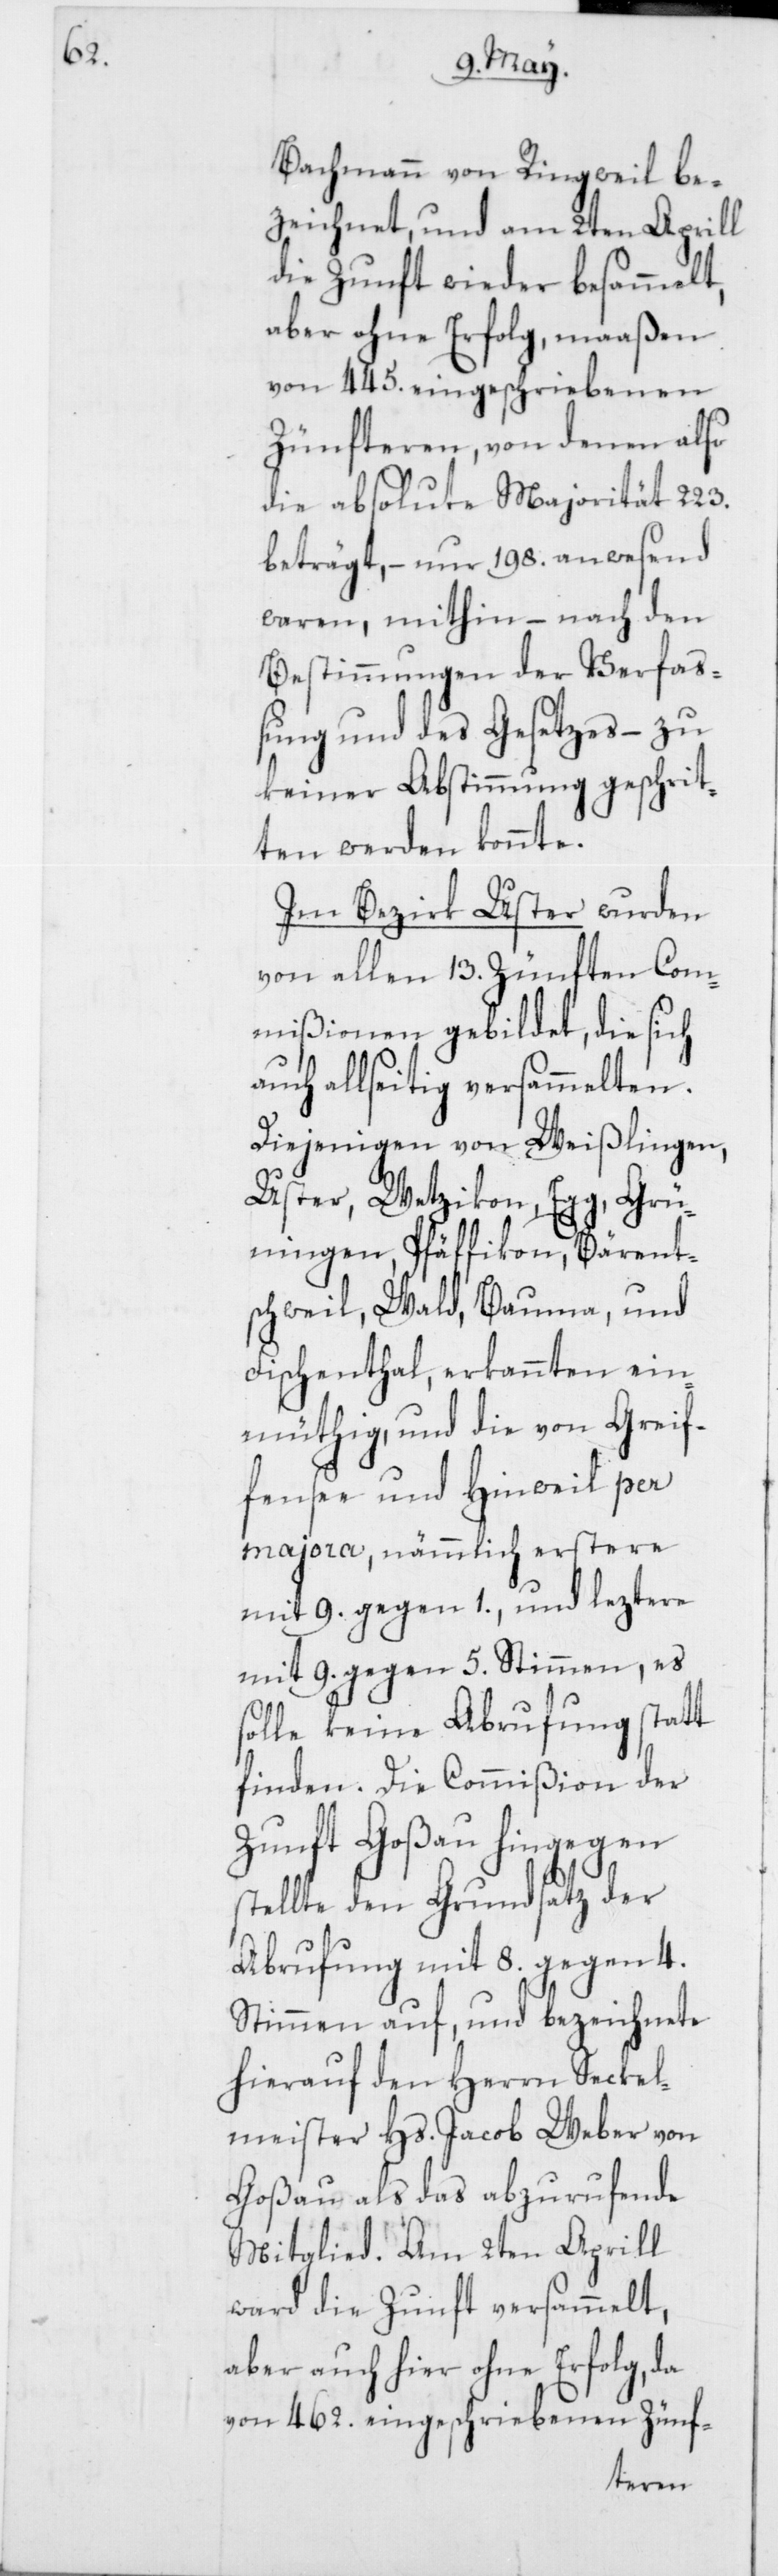
Bachmann von Ringweil be¬
zeichnet, und am 2ten Aprill
die Zunft wieder besammelt,
aber ohne Erfolg, maaßen
von 445. eingeschriebenen
Zünfteren, von denen also
die absolute Majorität 223.
beträgt, –nur 198. anwesend
waren, mithin nach den
Bestimmungen der Verfa¬
ßung und des Gesetzes – zu
keiner Abstimmung geschrit¬
ten werden konnte.
Im Bezirk Uster wurden
von allen 13. Zünften Com¬
mißionen gebildet, die sich
auch allseitig versammelten.
Diejenigen von Weißlingen,
Uster, Wetzikon, Egg, Grü¬
ningen, Pfäffikon, Bärent¬
schweil, Wald, Bauma, und
Fischenthal, erkannten ein¬
müthig, und die von Greif¬
fensee und Hinweil per
majora, nämmlich erstere
mit 9. gegen 1., und leztere
mit 9. gegen 5. Stimmen, es
solle keine Abrufung statt
finden. Die Commißion der
Zunft Goßau hingegen
stellte den Grundsatz der
Abrufung mit 8. gegen 4.
Stimmen auf, und bezeichnete
hierauf den Herrn Seckel¬
meister Hs. Jacob Weber von
Goßau als das abzurufende
Mitglied. Am 2ten Aprill
ward die Zunft versammelt,
aber auch hier ohne Erfolg, da
von 462. eingeschriebenen Zünf-